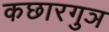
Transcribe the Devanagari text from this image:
कछारगुञ